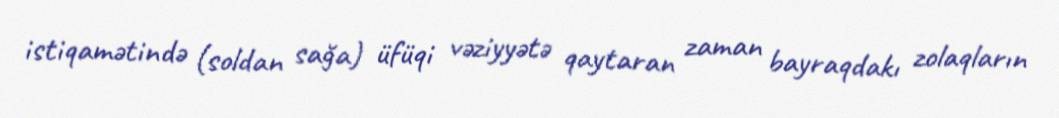
istiqamətində (soldan sağa) üfüqi vəziyyətə qaytaran zaman bayraqdakı zolaqların